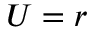
U = r